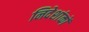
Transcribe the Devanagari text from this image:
निदेशांकों